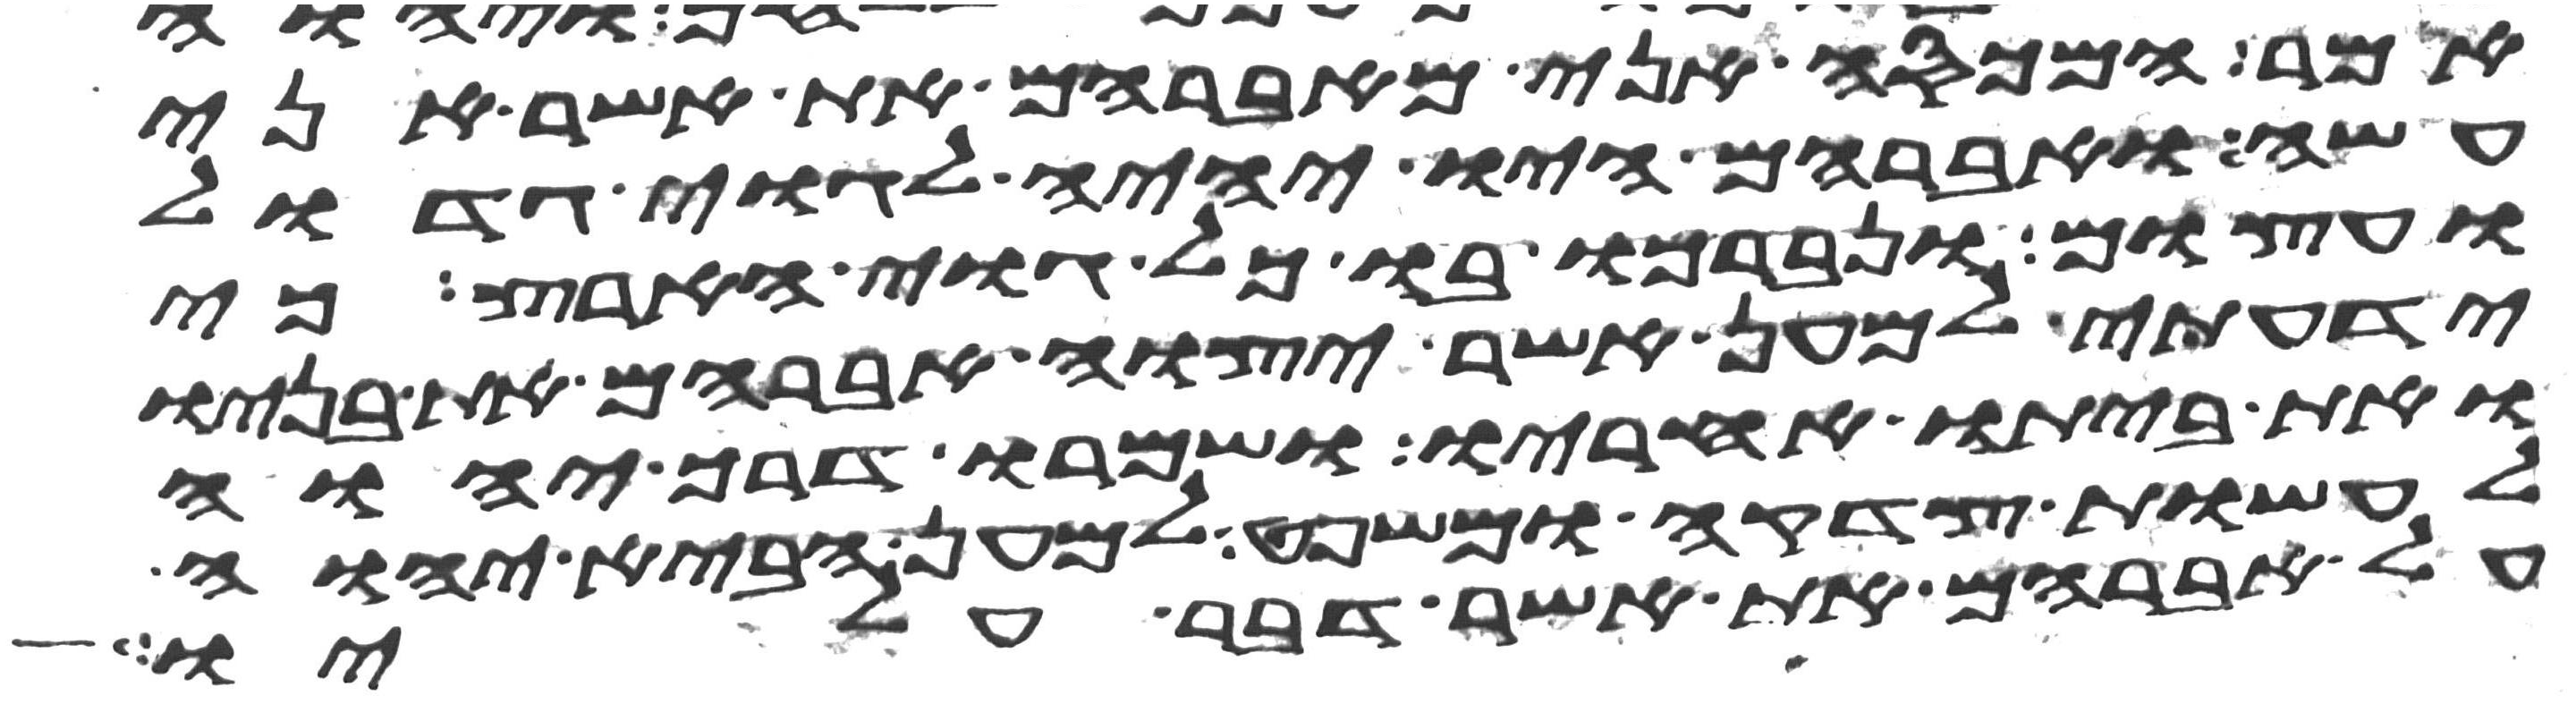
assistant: אמר המכסה אני מאברהם את אשר אני
עשה ואברהם היו יהיה לגוי גדול
ועצום ונברכו בו כל גוי הארץ כי
ידעתי למען אשר יצוה אברהם את בניו
ואת ביתו אחריו ושמרו דרך יהוה
לעשות צדקה ומשפט למען הביא יהוה
על אברהם את אשר דבר עליו